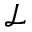
\mathcal { L }